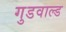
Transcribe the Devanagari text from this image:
गुडवाल्ड